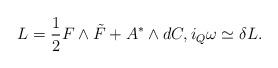
LaTeX: \begin{align*}L=\frac12 F\wedge \tilde{F}+A^\ast\wedge dC ,i_Q\omega \simeq \delta L .\end{align*}